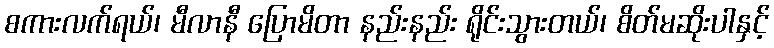
စကားလက်ရယ်၊ မီလာနီ ပြောမိတာ နည်းနည်း ရိုင်းသွားတယ်၊ စိတ်မဆိုးပါနှင့်